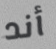
أند